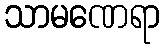
သာမဏေရာ